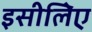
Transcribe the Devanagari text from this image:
इसीलिेए